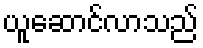
ယူဆောင်လာသည်